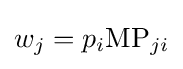
w_{j}=p_{i}{\text{MP}}_{ji}